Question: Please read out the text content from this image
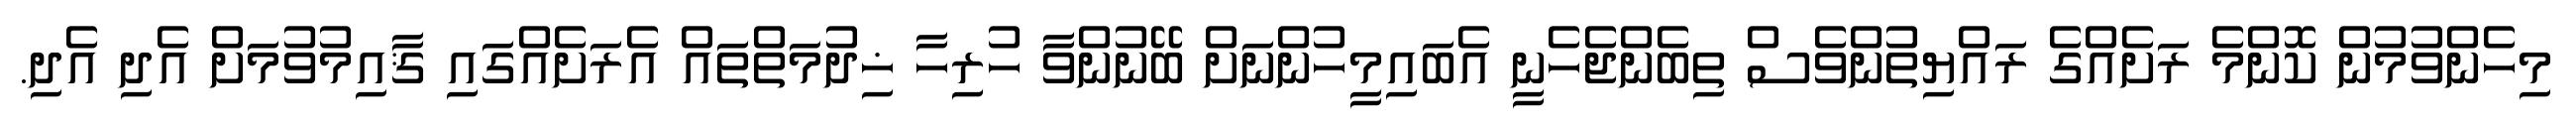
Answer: މިހެންވުމުން ކޮންމެ ރަށެއްގެ ރައްޔިތުންވެސް ތިބެންޖެހެނީ އެބައިމީހުންނަށް ބޭނުންވާ ހުރިހާ ޚިދުމަތްތައް އެރަށެއްގައި ޤާއިމުވުމަށް އެދި އެދި.